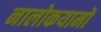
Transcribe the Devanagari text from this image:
नालोकयामो